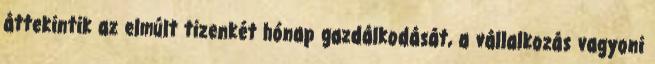
áttekintik az elmúlt tizenkét hónap gazdálkodását, a vállalkozás vagyoni